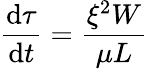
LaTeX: \frac{\mathrm{d}\tau}{\mathrm{d}t}=\frac{\xi^{2}W}{\mu L}